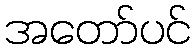
အတော်ပင်